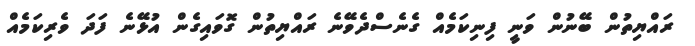
ރައްޔިތުން ބޭނުން ވަނީ ފިނިކަމެއް ގެނެސްދެވޭނެ ރައްޔިތުން ގޮވައިގެން އުޅޭނެ ފަދަ ވެރިކަމެއް